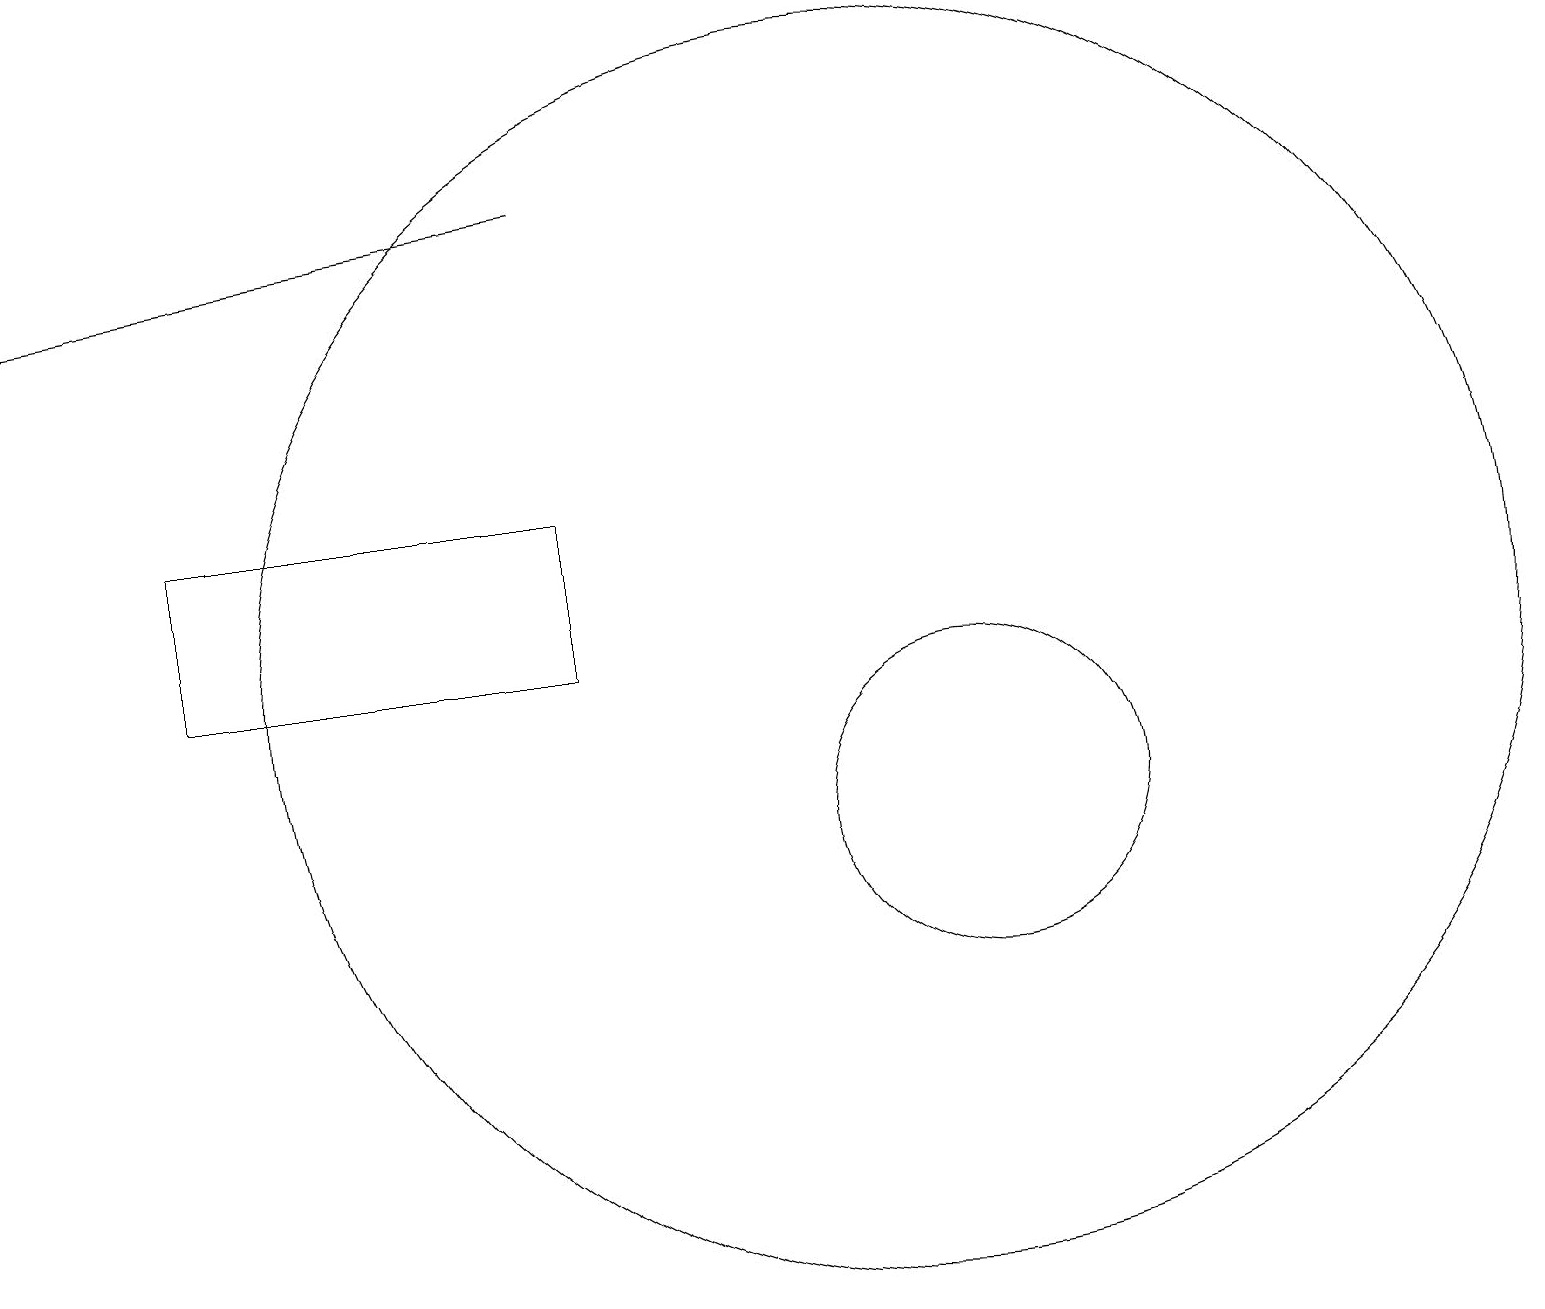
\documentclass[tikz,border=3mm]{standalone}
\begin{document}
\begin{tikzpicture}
\draw[->] (7,18) -- (0,17);
\draw (12,10) circle (2);
\draw (7,14) rectangle (2,12);
\draw (11,12) circle (8);
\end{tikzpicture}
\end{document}